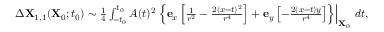
\begin{array} { r } { \Delta \mathbf { X } _ { 1 , 1 } ( \mathbf { X } _ { 0 } ; t _ { 0 } ) \sim \frac { 1 } { 4 } \int _ { - t _ { 0 } } ^ { t _ { 0 } } A ( t ) ^ { 2 } \left. \left\{ \mathbf { e } _ { x } \left[ \frac { 1 } { r ^ { 2 } } - \frac { 2 ( x - t ) ^ { 2 } } { r ^ { 4 } } \right] + \mathbf { e } _ { y } \left[ - \frac { 2 ( x - t ) y } { r ^ { 4 } } \right] \right\} \right\vert _ { \mathbf { X } _ { 0 } } \, d t , } \end{array}